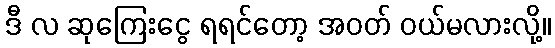
ဒီ လ ဆုကြေးငွေ ရရင်တော့ အဝတ် ဝယ်မလားလို့။